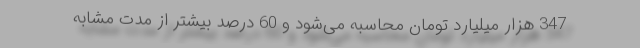
347 هزار میلیارد تومان محاسبه می‌شود و 60 درصد بیشتر از مدت مشابه